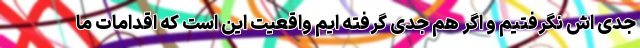
جدی اش نگرفتیم و اگر هم جدی گرفته ایم واقعیت این است که اقدامات ما